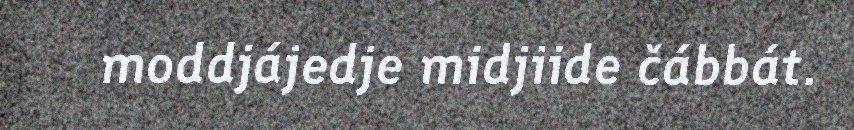
moddjájedje midjiide čábbát.